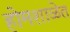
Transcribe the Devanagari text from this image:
होमशाळेत